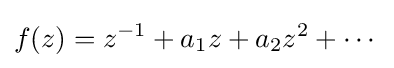
f(z)=z^{-1}+a_{1}z+a_{2}z^{2}+\cdots